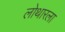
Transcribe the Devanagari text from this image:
लोथारला